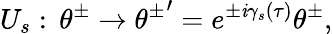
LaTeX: U_{s}:\, \theta^{\pm}\rightarrow{\theta^{\pm}}^{\prime}=e^{\pm\mathit{i}{\gamma}_{s}(\tau)}\theta^{\pm},